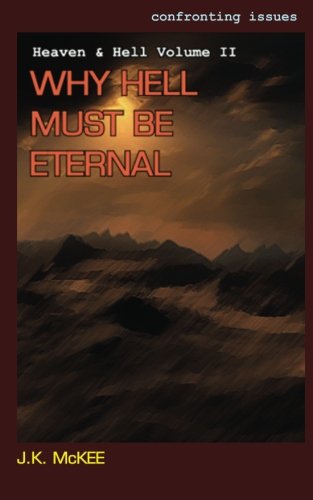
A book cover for Confronting Issues Heaven & Hell Volume II: Why Hell Must Be Eternal; J.K. McKee; Christian Books & Bibles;